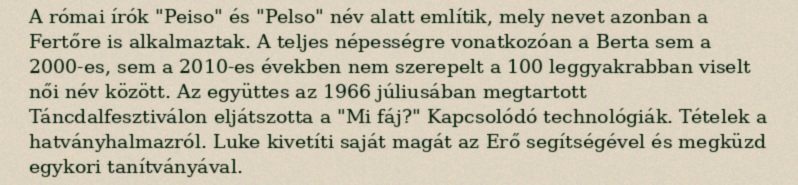
A római írók "Peiso" és "Pelso" név alatt említik, mely nevet azonban a Fertőre is alkalmaztak. A teljes népességre vonatkozóan a Berta sem a 2000-es, sem a 2010-es években nem szerepelt a 100 leggyakrabban viselt női név között. Az együttes az 1966 júliusában megtartott Táncdalfesztiválon eljátszotta a "Mi fáj?" Kapcsolódó technológiák. Tételek a hatványhalmazról. Luke kivetíti saját magát az Erő segítségével és megküzd egykori tanítványával.